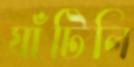
ঘাঁটিলি